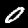
Label: 0